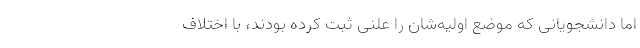
اما دانشجویانی که موضع اولیه‌شان را علنی ثبت کرده بودند، با اختلاف